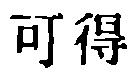
可得